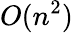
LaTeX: O(n^{2})\,